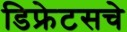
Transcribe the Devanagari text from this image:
डिफ्रेटसचे